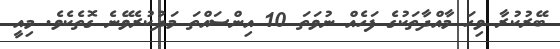
ބޭރުކުރާ ވިހަ މާއްދާތަކުގެ ފަހެއް ނުވަތަ 10 އިންސައްތަ މަދުކުރެވޭނެ ގޮތެކެވެ. މިއީ